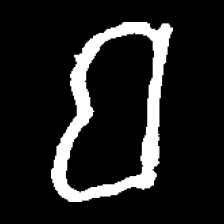
Pyu character \u2014 Myanmar letter: ဗ (romanized: ba)